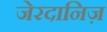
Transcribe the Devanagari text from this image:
जेरदानिज़